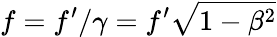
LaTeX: f=f^{\prime}/\gamma=f^{\prime}{\sqrt{1-\beta^{2}}}